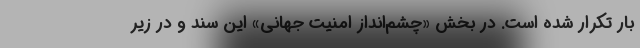
بار تکرار شده است. در بخش «چشم‌انداز امنیت جهانی» این سند و در زیر